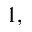
^ { 1 , }